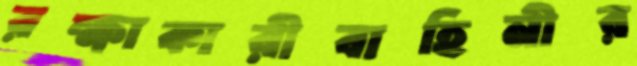
রক্ষাকারীবাহিনীর